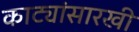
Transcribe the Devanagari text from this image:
काट्यांसारखी